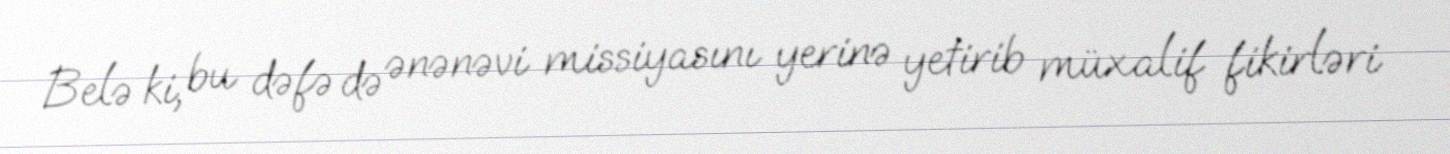
Belə ki, bu dəfə də ənənəvi missiyasını yerinə yetirib müxalif fikirləri